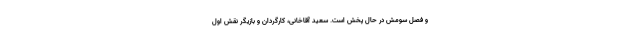
و فصل سومش در حال پخش است. سعید آقاخانی، کارگردان و بازیگر نقش اول